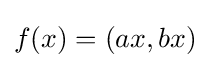
f(x)=(ax,bx)